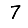
Digit: 7